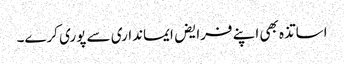
اساتذہ بھی اپنے فرایض ایمانداری سے پوری کرے۔